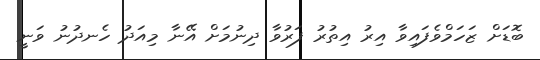
ބޮޑަށް ޒަހަމްވެފައިވާ އިރު އިތުރު ފަރުވާ ދިނުމަށް އޭނާ މިއަދު ހެނދުނު ވަނީ